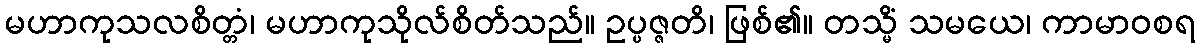
မဟာကုသလစိတ္တံ၊ မဟာကုသိုလ်စိတ်သည်။ ဥပ္ပဇ္ဇတိ၊ ဖြစ်၏။ တသ္မိံ သမယေ၊ ကာမာဝစရ